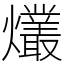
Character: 爜